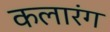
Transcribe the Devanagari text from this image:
कलारंग